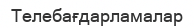
Телебағдарламалар